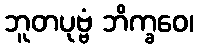
ဘူတပုဗ္ဗံ ဘိက္ခဝေ၊